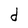
Character: d